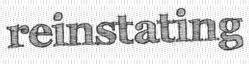
reinstating